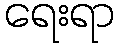
ရေးရာ